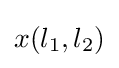
x(l_{1},l_{2})